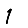
Digit: 1